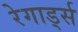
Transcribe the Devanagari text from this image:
रेगार्ड्स